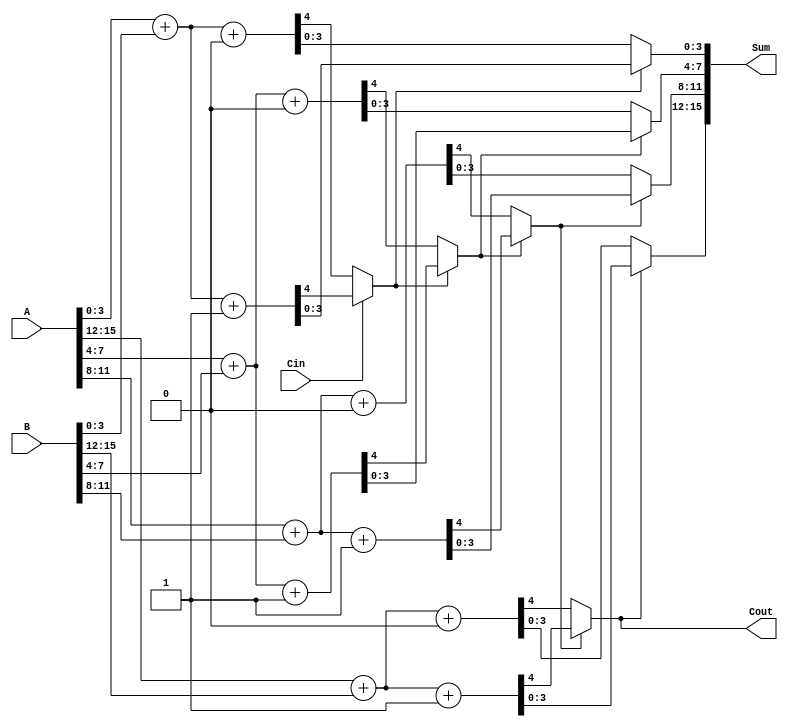
module DynamicCarrySelectAdder #(
    parameter N = 16,  // Total number of bits
    parameter M = 4    // Block size
)(
    input [N-1:0] A,   // First operand
    input [N-1:0] B,   // Second operand
    input Cin,         // Carry-in
    output [N-1:0] Sum, // Sum output
    output Cout        // Carry-out
);

    localparam NUM_BLOCKS = N / M; // Number of blocks
    wire [M-1:0] sum0 [0:NUM_BLOCKS-1]; // Sums for carry-in = 0
    wire [M-1:0] sum1 [0:NUM_BLOCKS-1]; // Sums for carry-in = 1
    wire carry0 [0:NUM_BLOCKS-1]; // Carry-out for carry-in = 0
    wire carry1 [0:NUM_BLOCKS-1]; // Carry-out for carry-in = 1
    wire carry_select [0:NUM_BLOCKS-1]; // Selected carry for each block

    // Generate sums and carries for each block
    genvar i;
    generate
        for (i = 0; i < NUM_BLOCKS; i = i + 1) begin : block
            wire [M-1:0] A_block = A[M*i +: M];
            wire [M-1:0] B_block = B[M*i +: M];
            wire carry_in = (i == 0) ? Cin : carry_select[i-1];

            // Compute sums and carries for carry-in = 0
            assign {carry0[i], sum0[i]} = A_block + B_block + 1'b0;

            // Compute sums and carries for carry-in = 1
            assign {carry1[i], sum1[i]} = A_block + B_block + 1'b1;

            // Select the appropriate carry for the next block
            assign carry_select[i] = carry_in ? carry1[i] : carry0[i];
        end
    endgenerate

    // Final sum selection based on carry-in
    generate
        for (i = 0; i < NUM_BLOCKS; i = i + 1) begin : sum_selection
            assign Sum[M*i +: M] = carry_select[i] ? sum1[i] : sum0[i];
        end
    endgenerate

    // Final carry-out
    assign Cout = carry_select[NUM_BLOCKS-1];

endmodule